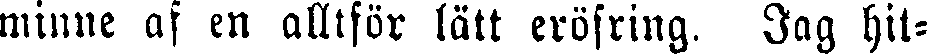
minne af en alltför lätt eröfring. Jag hit-